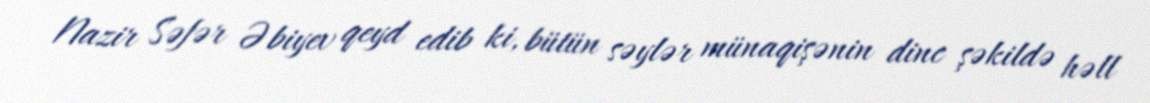
Nazir Səfər Əbiyev qeyd edib ki, bütün səylər münaqişənin dinc şəkildə həll